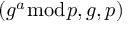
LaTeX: ( g ^ { a } { \bmod { p } } , g , p )